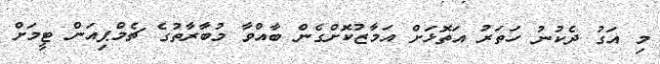
މި އަގު ދެކުނު ހަތަރު އަތޮޅަށް އަމާޒުކޮށްގެން ބާއްވާ މުބާރާތުގެ ޗެމްޕިއަން ޓީމަށް